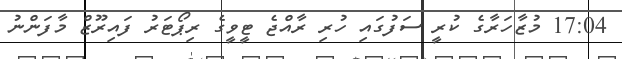
17:04 މުޒާހަރާގެ ކުރީ ސަފުގައި ހުރި ރާއްޖެ ޓީވީގެ ރިޕޯޓަރު ފައިރޫޒް މާފަންނު